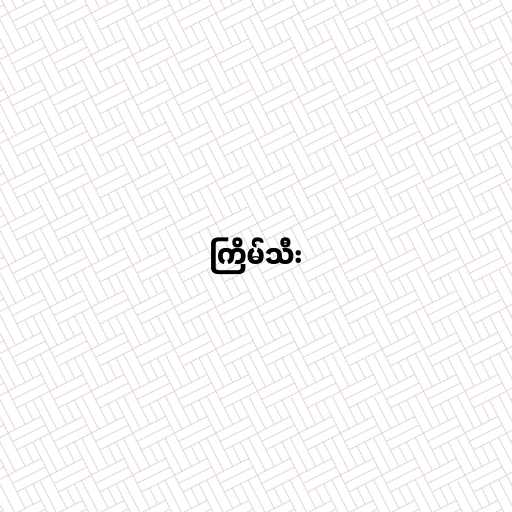
ကြိမ်သီး